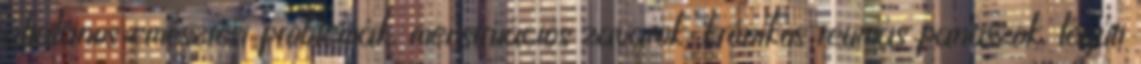
általános emésztési problémák, menstruációs zavarok, krónikus reumás panaszok, légúti